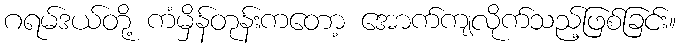
ဂရမ်ဒယ်တို့ ကံမှိန်တုန်းကတော့ အောက်ကျလိုက်သည့်ဖြစ်ခြင်း။